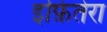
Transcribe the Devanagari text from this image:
इफ़ितेरा